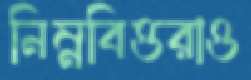
নিম্নবিত্তরাও